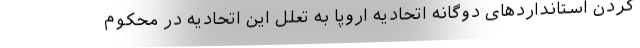
کردن استانداردهای دوگانه اتحادیه اروپا به تعلل این اتحادیه در محکوم